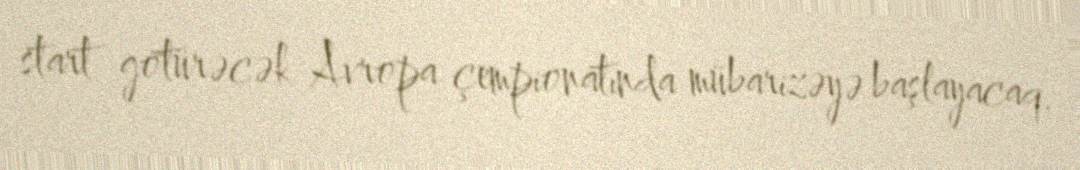
start götürəcək Avropa çempionatında mübarizəyə başlayacaq.